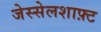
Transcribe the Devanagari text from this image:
जेस्सेलशाफ़्ट